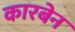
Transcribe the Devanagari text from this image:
कारबेन